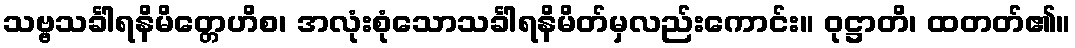
သဗ္ဗသင်္ခါရနိမိတ္တေဟိစ၊ အလုံးစုံသောသင်္ခါရနိမိတ်မှလည်းကောင်း။ ဝုဋ္ဌာတိ၊ ထတတ်၏။